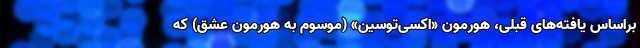
براساس یافته‌های قبلی، هورمون «اکسی‌توسین» (موسوم به هورمون عشق) که